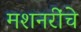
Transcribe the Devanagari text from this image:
मशनरींचे